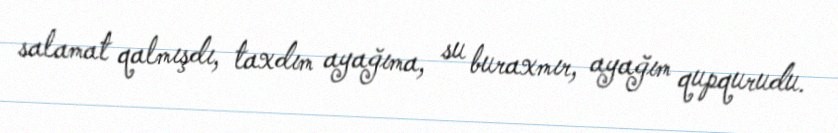
salamat qalmışdı, taxdım ayağıma, su buraxmır, ayağım qupqurudu.